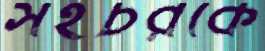
সহচরকে